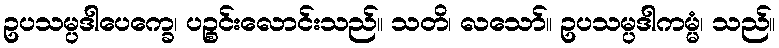
ဥပသမ္ပဒါပေက္ခေ၊ ပဉ္စင်းလောင်းသည်။ သတိ၊ လသော်။ ဥပသမ္ပဒါကမ္မံ၊ သည်။